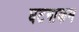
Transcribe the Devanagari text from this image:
घटनाकम